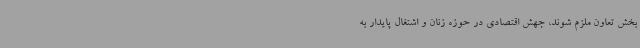
بخش تعاون ملزم شوند،‌ جهش اقتصادی در حوزه زنان و اشتغال پایدار به